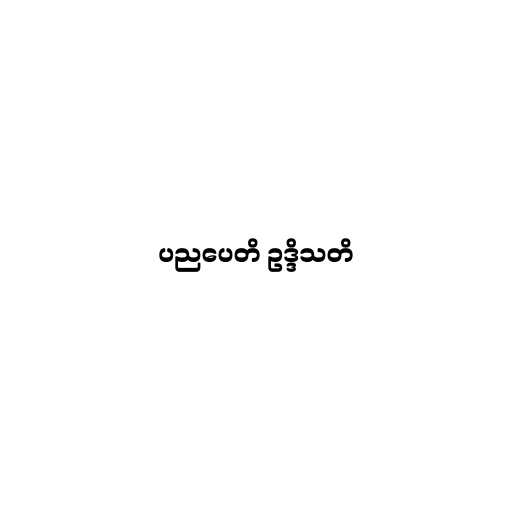
ပညပေတိ ဥဒ္ဒိသတိ